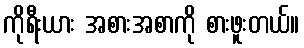
ကိုရီးယား အစားအစာကို စားဖူးတယ်။